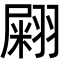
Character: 𦑫